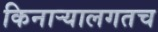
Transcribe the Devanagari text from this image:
किनार्‍यालगतच